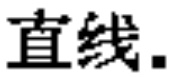
直线.